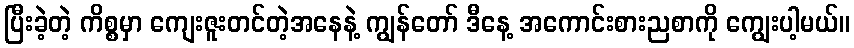
ပြီးခဲ့တဲ့ ကိစ္စမှာ ကျေးဇူးတင်တဲ့အနေနဲ့ ကျွန်တော် ဒီနေ့ အကောင်းစားညစာကို ကျွေးပါ့မယ်။